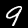
Label: 9